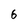
Character: 6